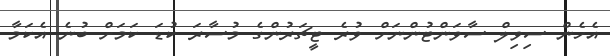
އެހެން ސިވިލް ސާވަންޓުންނަށް ވުރެ ޓީޗަރުންގެ މުސާރަ ކުޑަ ކަމަށް ބުނެ އެކަމާ